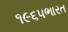
૧૯૬૫ભારત